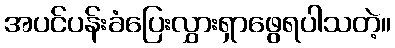
အပင်ပန်းခံပြေးလွှားရှာဖွေရပါသတဲ့။